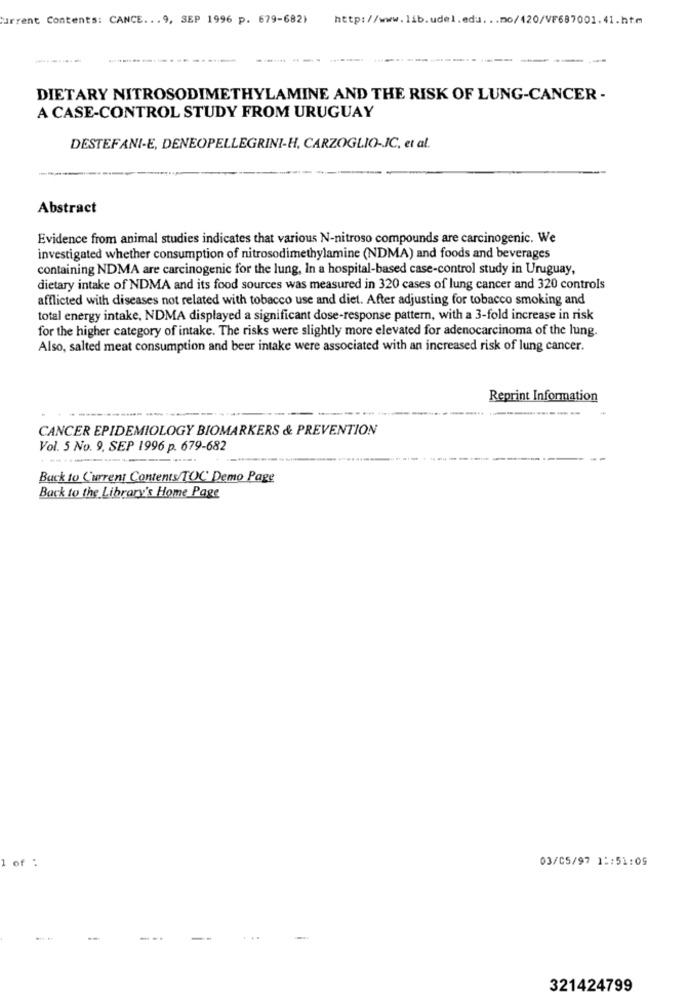
Current Contents: CANCE ... 9, SEP 1996 p. 679-682)
http://www.lib.udel.edu ... mo/420/VF687001.41.htm
------
---
-----
DIETARY NITROSODIMETHYLAMINE AND THE RISK OF LUNG-CANCER -
A CASE-CONTROL STUDY FROM URUGUAY
DESTEFANI-E, DENEOPELLEGRINI-H, CARZOGLIO-JC, et al.
Abstract
Evidence from animal studies indicates that various N-nitroso compounds are carcinogenic. We
investigated whether consumption of nitrosodimethylamine (NDMA) and foods and beverages
containing NDMA are carcinogenic for the lung, In a hospital-based case-control study in Uruguay,
dietary intake of NDMA and its food sources was measured in 320 cases of lung cancer and 320 controls
afflicted with diseases not related with tobacco use and diet. After adjusting for tobacco smoking and
total energy intake, NDMA displayed a significant dose-response pattern, with a 3-fold increase in risk
for the higher category of intake. The risks were slightly more elevated for adenocarcinoma of the lung.
Also, salted meat consumption and beer intake were associated with an increased risk of lung cancer.
Reprint Information
CANCER EPIDEMIOLOGY BIOMARKERS & PREVENTION
Vol. 5 No. 9. SEP 1996 p. 679-682
Back to Current Contents/TOC Demo Page
Back to the Library's Home Page
1 of :
03/05/97 11:51:09
--.
321424799